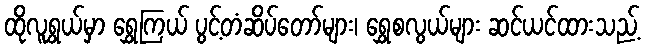
ထိုလူရွယ်မှာ ရွှေကြယ် ပွင့်တံဆိပ်တော်များ၊ ရွှေစလွယ်များ ဆင်ယင်ထားသည့်